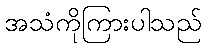
အသံကိုကြားပါသည်